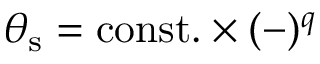
\theta _ { \mathrm { s } } = \mathrm { c o n s t . } \times ( - ) ^ { q }